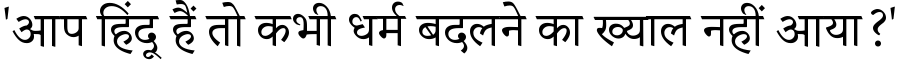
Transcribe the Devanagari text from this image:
'आप हिंदू हैं तो कभी धर्म बदलने का ख्याल नहीं आया?'